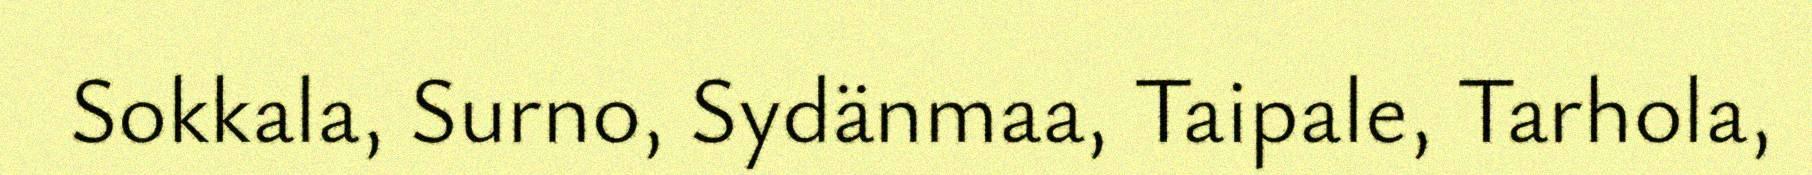
Sokkala, Surno, Sydänmaa, Taipale, Tarhola,